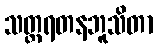
သတ္တရတနဘူသိတာ